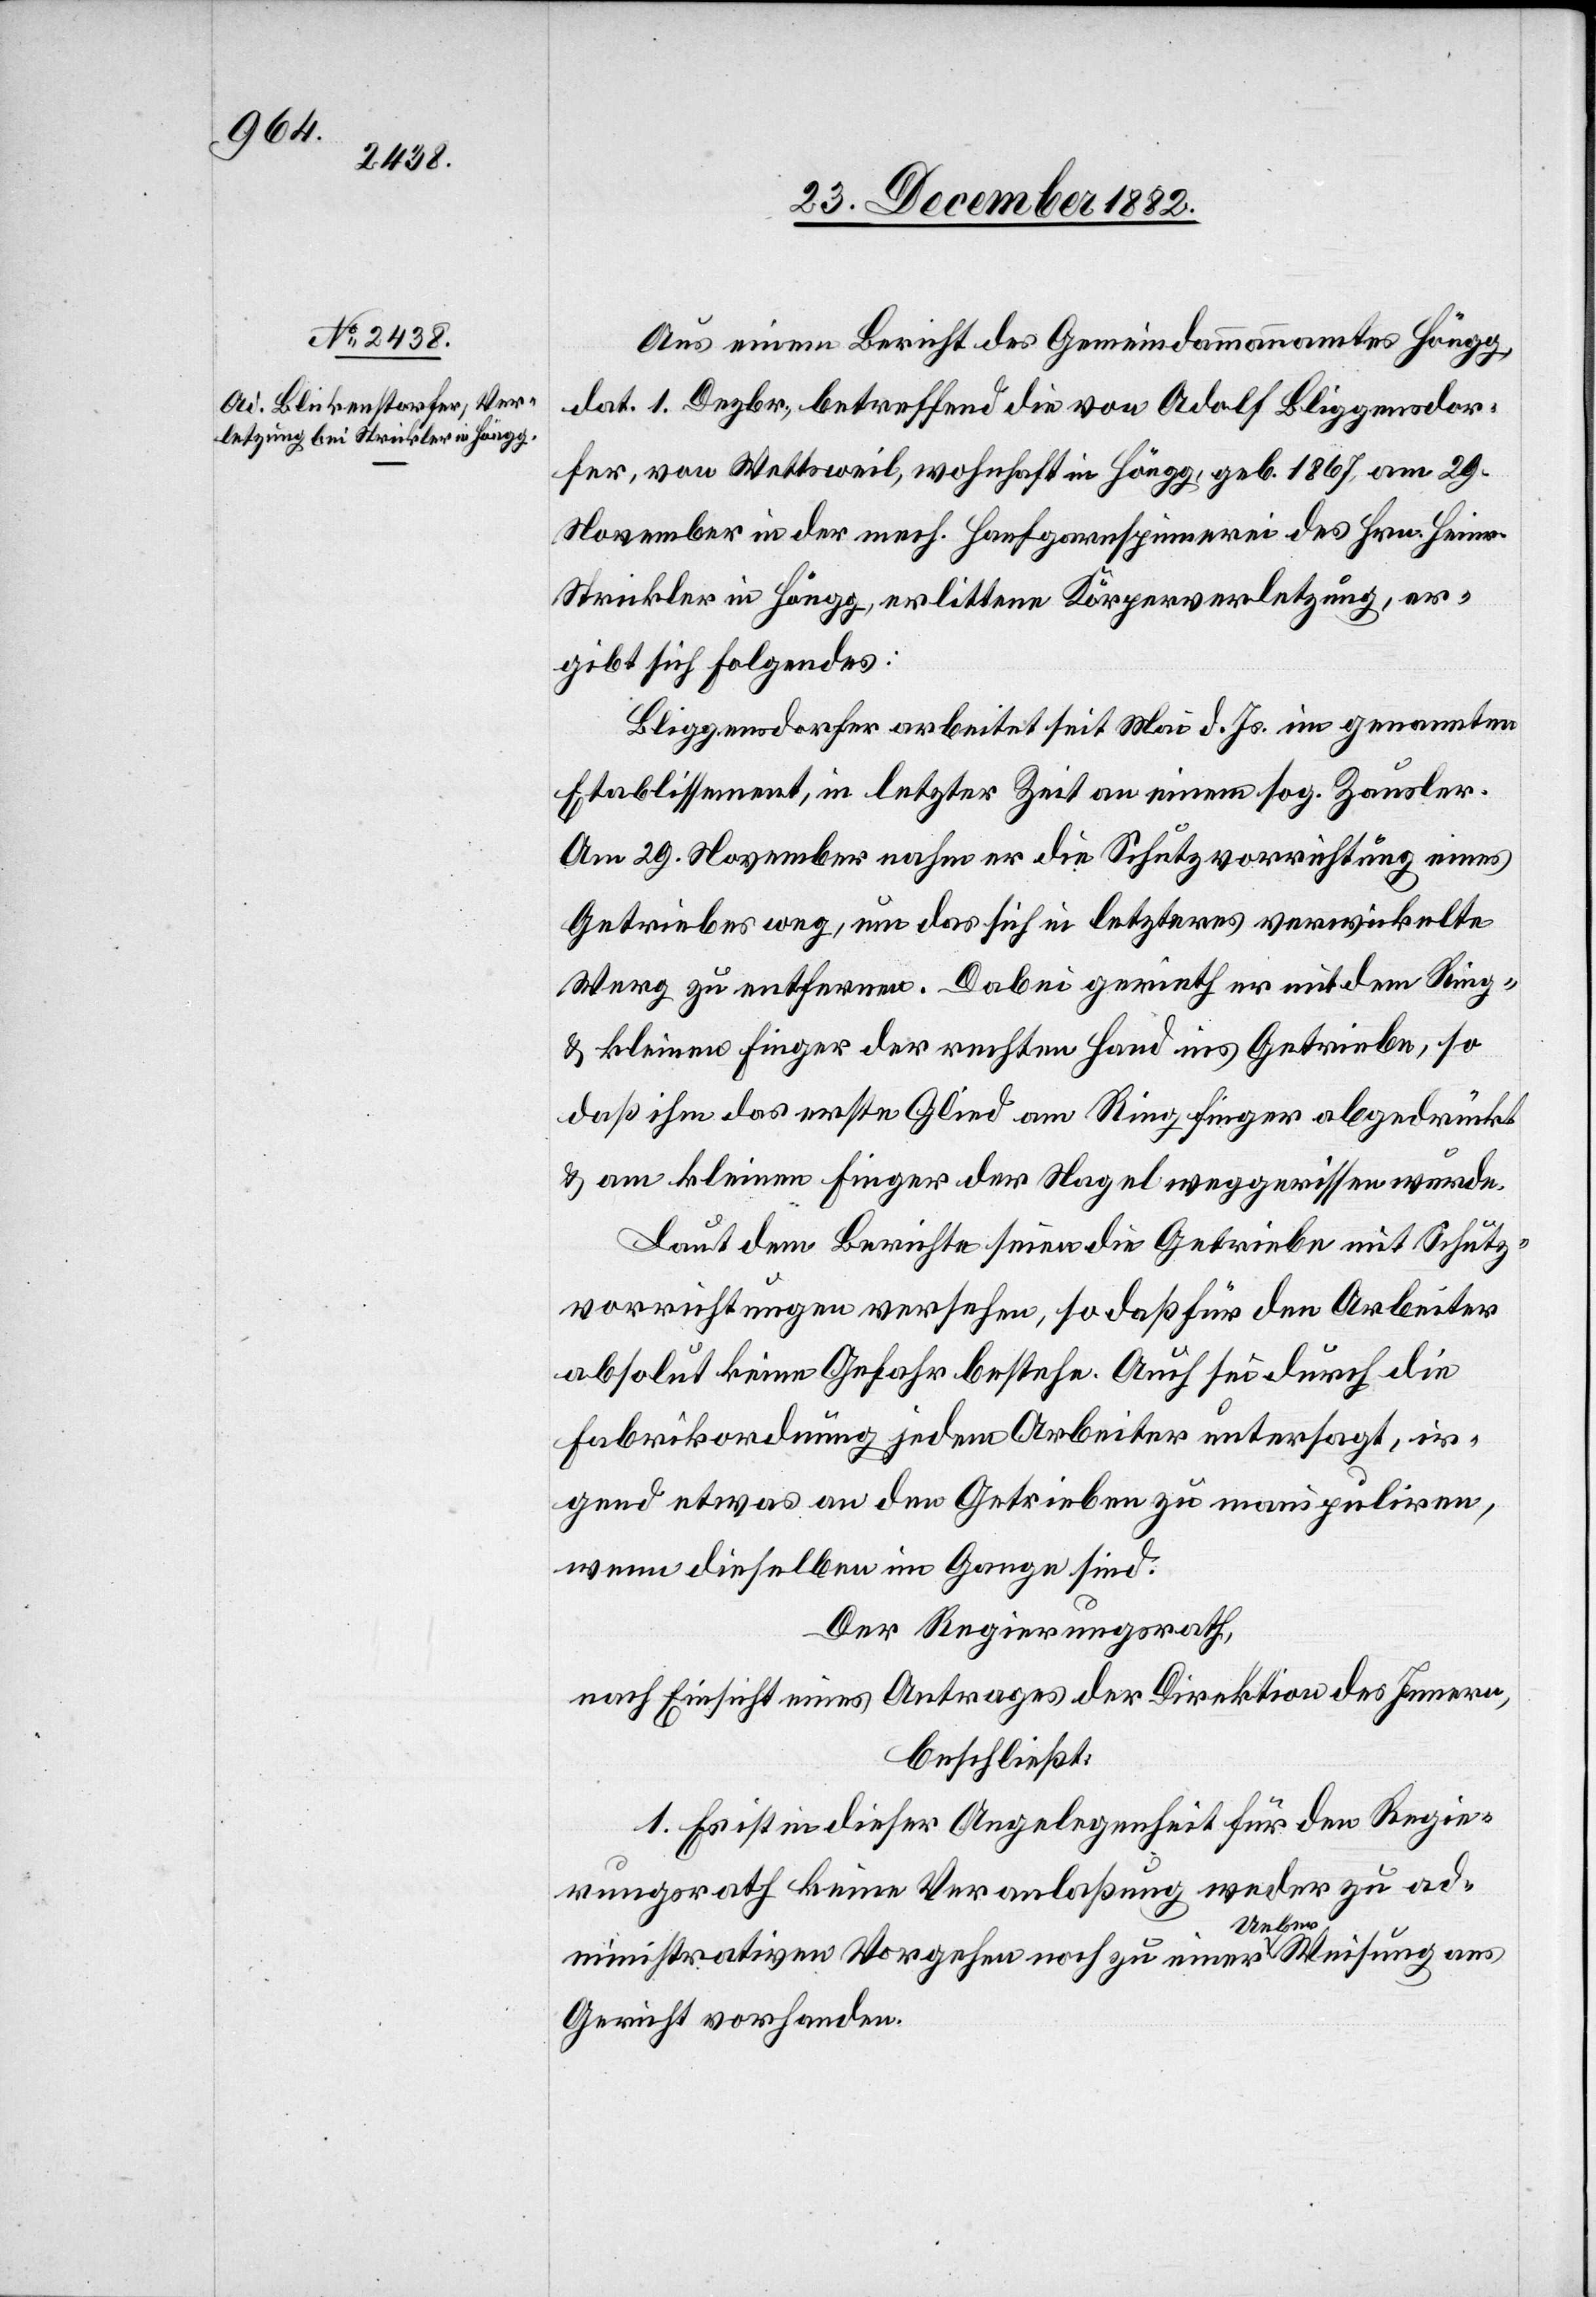
Aus einem Bericht des Gemeindammannamtes Höngg,
dat. 1. Dezbr., betreffend die von Adolf Bliggensdorfer
[sic!], von Wettsweil, wohnhaft in Höngg, geb. 1867, am 29.
November in der mech. Hanfgarnspinnerei des Hrn. Heinr.
Strickler in Höngg, erlittene Körperverletzung, er¬
gibt sich Folgendes:
Bliggensdorfer arbeitet seit Mai d. Js. im genannten
Etablissement, in letzter Zeit an einem sog. Zausler.
Am 29. November nahm er die Schutzvorrichtung eines
Getriebes weg, um das sich in letzteres verwickelte
Werg zu entfernen. Dabei gerieth er mit dem Ring-
& kleinen Finger der rechten Hand ins Getriebe, so
daß ihm das erste Glied am Ringfinger abgedrückt
& am kleinen Finger der Nagel weggerissen wurde.
Laut dem Berichte seien die Getriebe mit Schutz¬
vorrichtungen versehen, so daß für den Arbeiter
absolut keine Gefahr bestehe. Auch sei durch die
Fabrikordnung jedem Arbeiter untersagt, ir¬
gend etwas an den Getrieben zu manipulieren,
wenn dieselben im Gange sind.
Der Regierungsrath,
nach Einsicht eines Antrages der Direktion des Innern,
beschließt:
1. Es ist in dieser Angelegenheit für den Regie¬
rungsrath keine Veranlaßung weder zu ad¬
ministrativen [recte: administrativem] Vorgehen noch zu einer Ueberweisung ans
Gericht vorhanden.